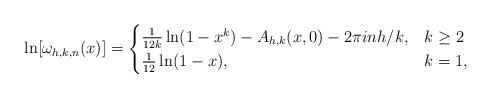
LaTeX: \begin{align*}\ln[ \omega_{h,k,n}( x) ]=\begin{cases}\frac{1}{12k} \ln( 1-x^k) - A_{h,k}(x, 0) - 2 \pi i n h/k , & k \geq 2\\\frac{1}{12} \ln( 1-x), & k=1 ,\end{cases}\end{align*}